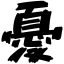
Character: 憂